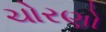
ચોરણો